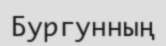
Бургунның